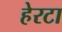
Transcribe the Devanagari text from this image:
हेरटा